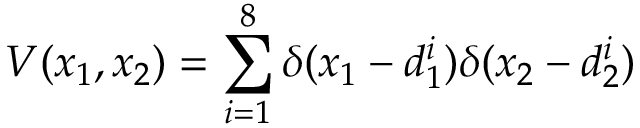
V ( x _ { 1 } , x _ { 2 } ) = \sum _ { i = 1 } ^ { 8 } \delta ( x _ { 1 } - d _ { 1 } ^ { i } ) \delta ( x _ { 2 } - d _ { 2 } ^ { i } )